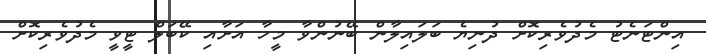
އިންޓަނެޓު މެދުވެރިކޮށް ދުނިޔެ ބަލައިލާން ބޭނުންވާ މީހާ އަށާއި ކޭބަލް ޓީވީ މެދުވެރިކޮށް